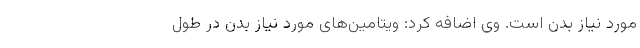
مورد نیاز بدن است. وی اضافه کرد: ویتامین‌های مورد نیاز بدن در طول